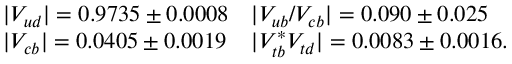
\begin{array} { l l } { { | V _ { u d } | = 0 . 9 7 3 5 \pm 0 . 0 0 0 8 } } & { { | V _ { u b } / V _ { c b } | = 0 . 0 9 0 \pm 0 . 0 2 5 } } \\ { { | V _ { c b } | = 0 . 0 4 0 5 \pm 0 . 0 0 1 9 } } & { { | V _ { t b } ^ { * } V _ { t d } | = 0 . 0 0 8 3 \pm 0 . 0 0 1 6 . } } \end{array}